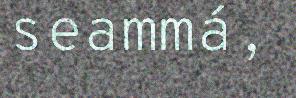
seammá,